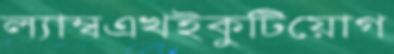
ল্যাম্বএখইকুটিয়োগ